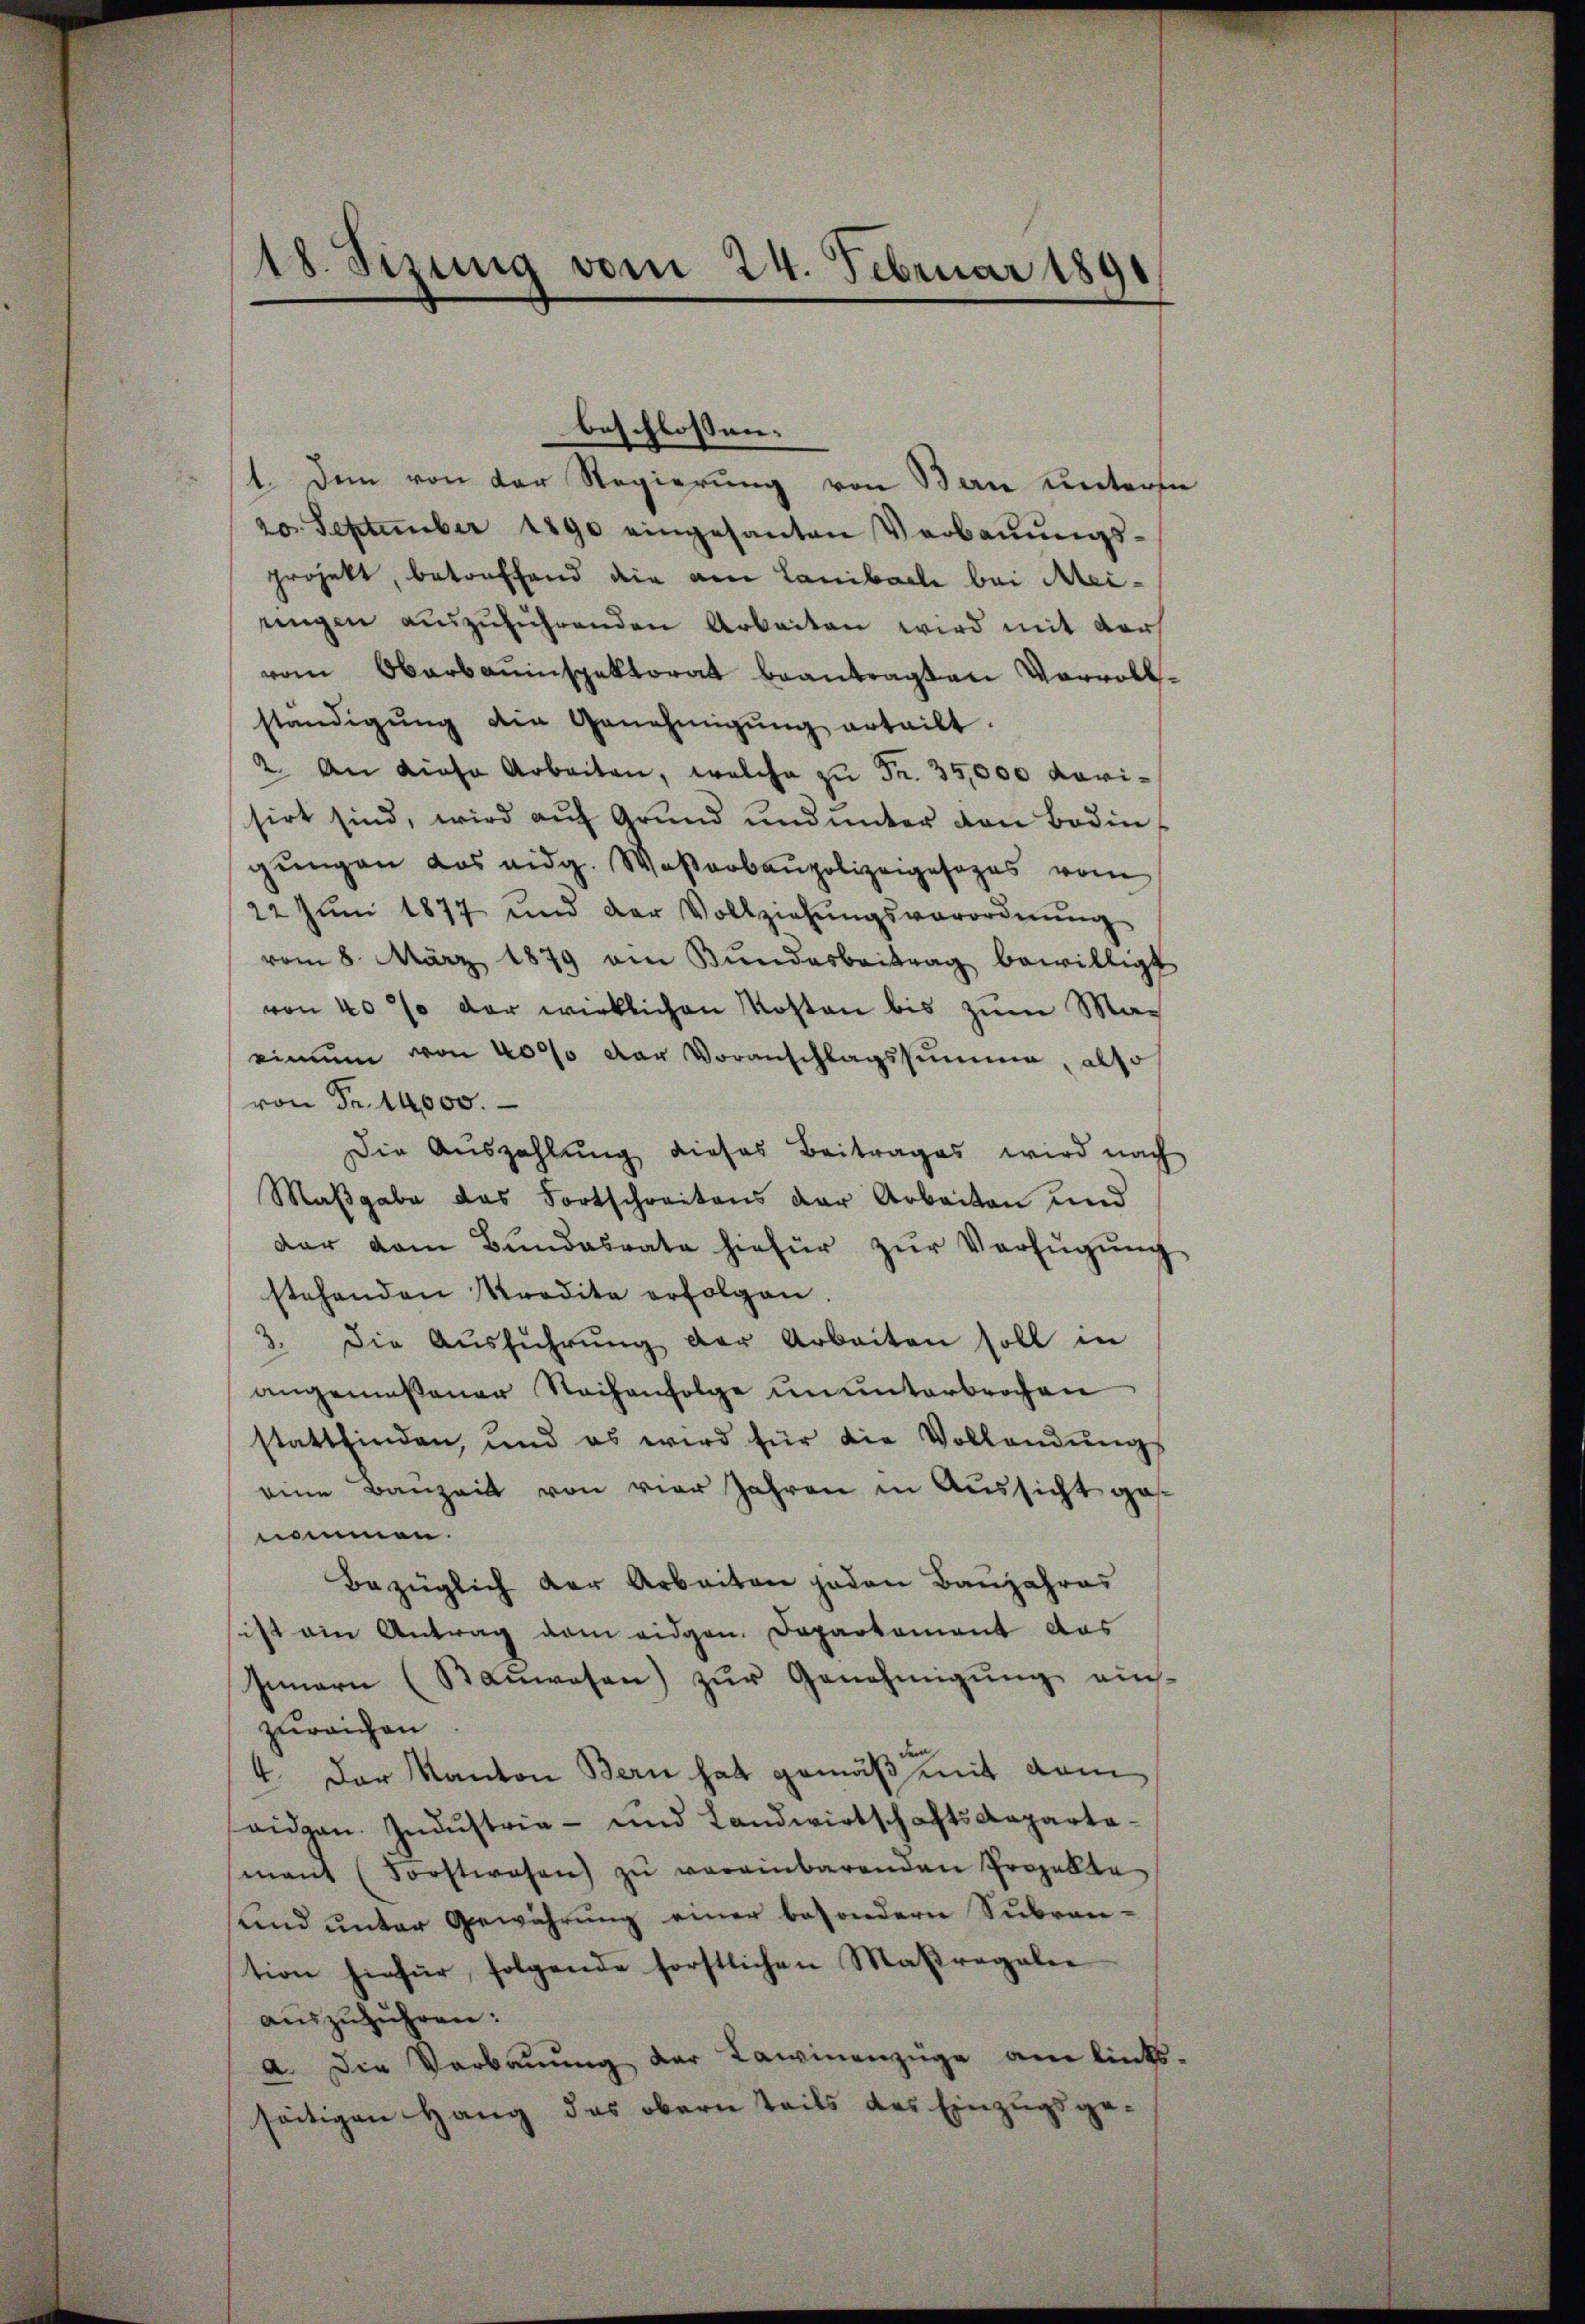
20. September 1890 eingesanten Verbaŭŭngs-
projekt, betreffend die am Lanibach bei Meiringen aŭszŭführenden Arbeiten wird mit der
vom Oberbauinspektorat beantragten Vervollständigŭng die Genehmigŭng erteilt.
2. An diese Arbeiten, welche zu Fr. 35,000 vorisirt sind, wird aŭf Grund und unter von Boden,
gungen das eidg. Waßerbaupolizeigesezes vom
22 Jŭni 1877 und der Vollziehŭngsverordnŭng
vom 8. März 1879 am Bŭndesbeitrag bewilligt
von 40% der wirklichen Kosten bis zum Ma-
einne von 4000 der Voranschlagssumme, also
von Fr. 14,000.
Die Auszahlung dieses Beitrages wird nach
Maßgabe das Fortschreitens der Arbeiten und
dar vom Bundesrate hiefür zŭr Verfügung
stehenden Kredite erfolgen.
3. Die Aŭsführŭng der Arbeiten soll in
angemeßener Sachenfolge ununterbrochen
stattfinden, und es wird für die Vollandŭngs
eine Bauzeit von vier Jahren in Aussicht genommen.
Bezüglich der Arbeiten jeden Baŭjahres
sist am Antrag vom eidgen. Departement das
Innern (Saŭwesen) zŭr Genehmigŭng eins.
zureichen
4. Der Kanton Bern hat gemäß mit dem
augen. Industria- und Landwirtschaftsdepartamant (Forstwesen zŭ vereinbarenden Projekte
und unter Gewährung einer besondern Subrantion hiefür folgende forstlichen Maßregaler
auszuführen:
a. Die Verbauung der Lawinenzüge am links-
seitigen Hang des obern teils des Einzugsge¬

18. Sizung vom 24. Februar 1891

beschlossen:
1. Dem von der Regierung von Bau untern